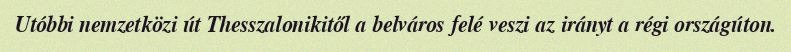
Utóbbi nemzetközi út Thesszalonikitől a belváros felé veszi az irányt a régi országúton.